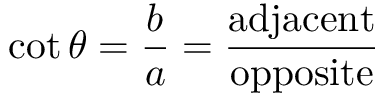
\cot \theta = { \frac { b } { a } } = { \frac { \mathrm { a d j a c e n t } } { \mathrm { o p p o s i t e } } }